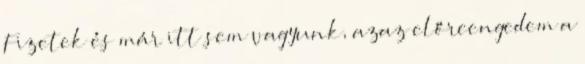
Fizetek és már itt sem vagyunk, azaz előreengedem a